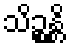
သိဉ္စန္တိ